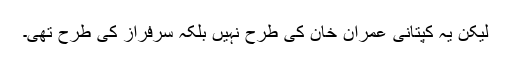
لیکن یہ کپتانی عمران خان کی طرح نہیں بلکہ سرفراز کی طرح تھی۔